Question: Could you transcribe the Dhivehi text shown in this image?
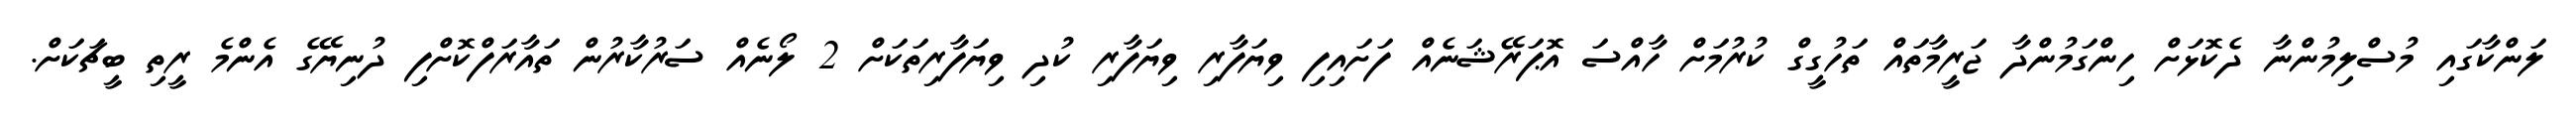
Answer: ލަންކާގައި މުސްލިމުންނާ ދެކޮޅަށް ހިންގަމުންދާ ޖަރީމާތައް ތަހުގީގް ކުރުމަށް ހާއްސަ އޮޕަރޭޝަނެއް ފަށައިފި ވިޔަފާރި ވިޔަފާރި ކުދި ވިޔަފާރިތަކަށް 2 ލޯނެއް ސަރުކާރުން ތައާރަފްކޮށްފި ދުނިޔޭގެ އެންމެ ރީތި ބީޗަކަށް.